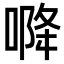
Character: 𭉓